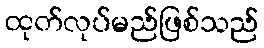
ထုတ်လုပ်မည်ဖြစ်သည်